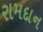
રામદાન